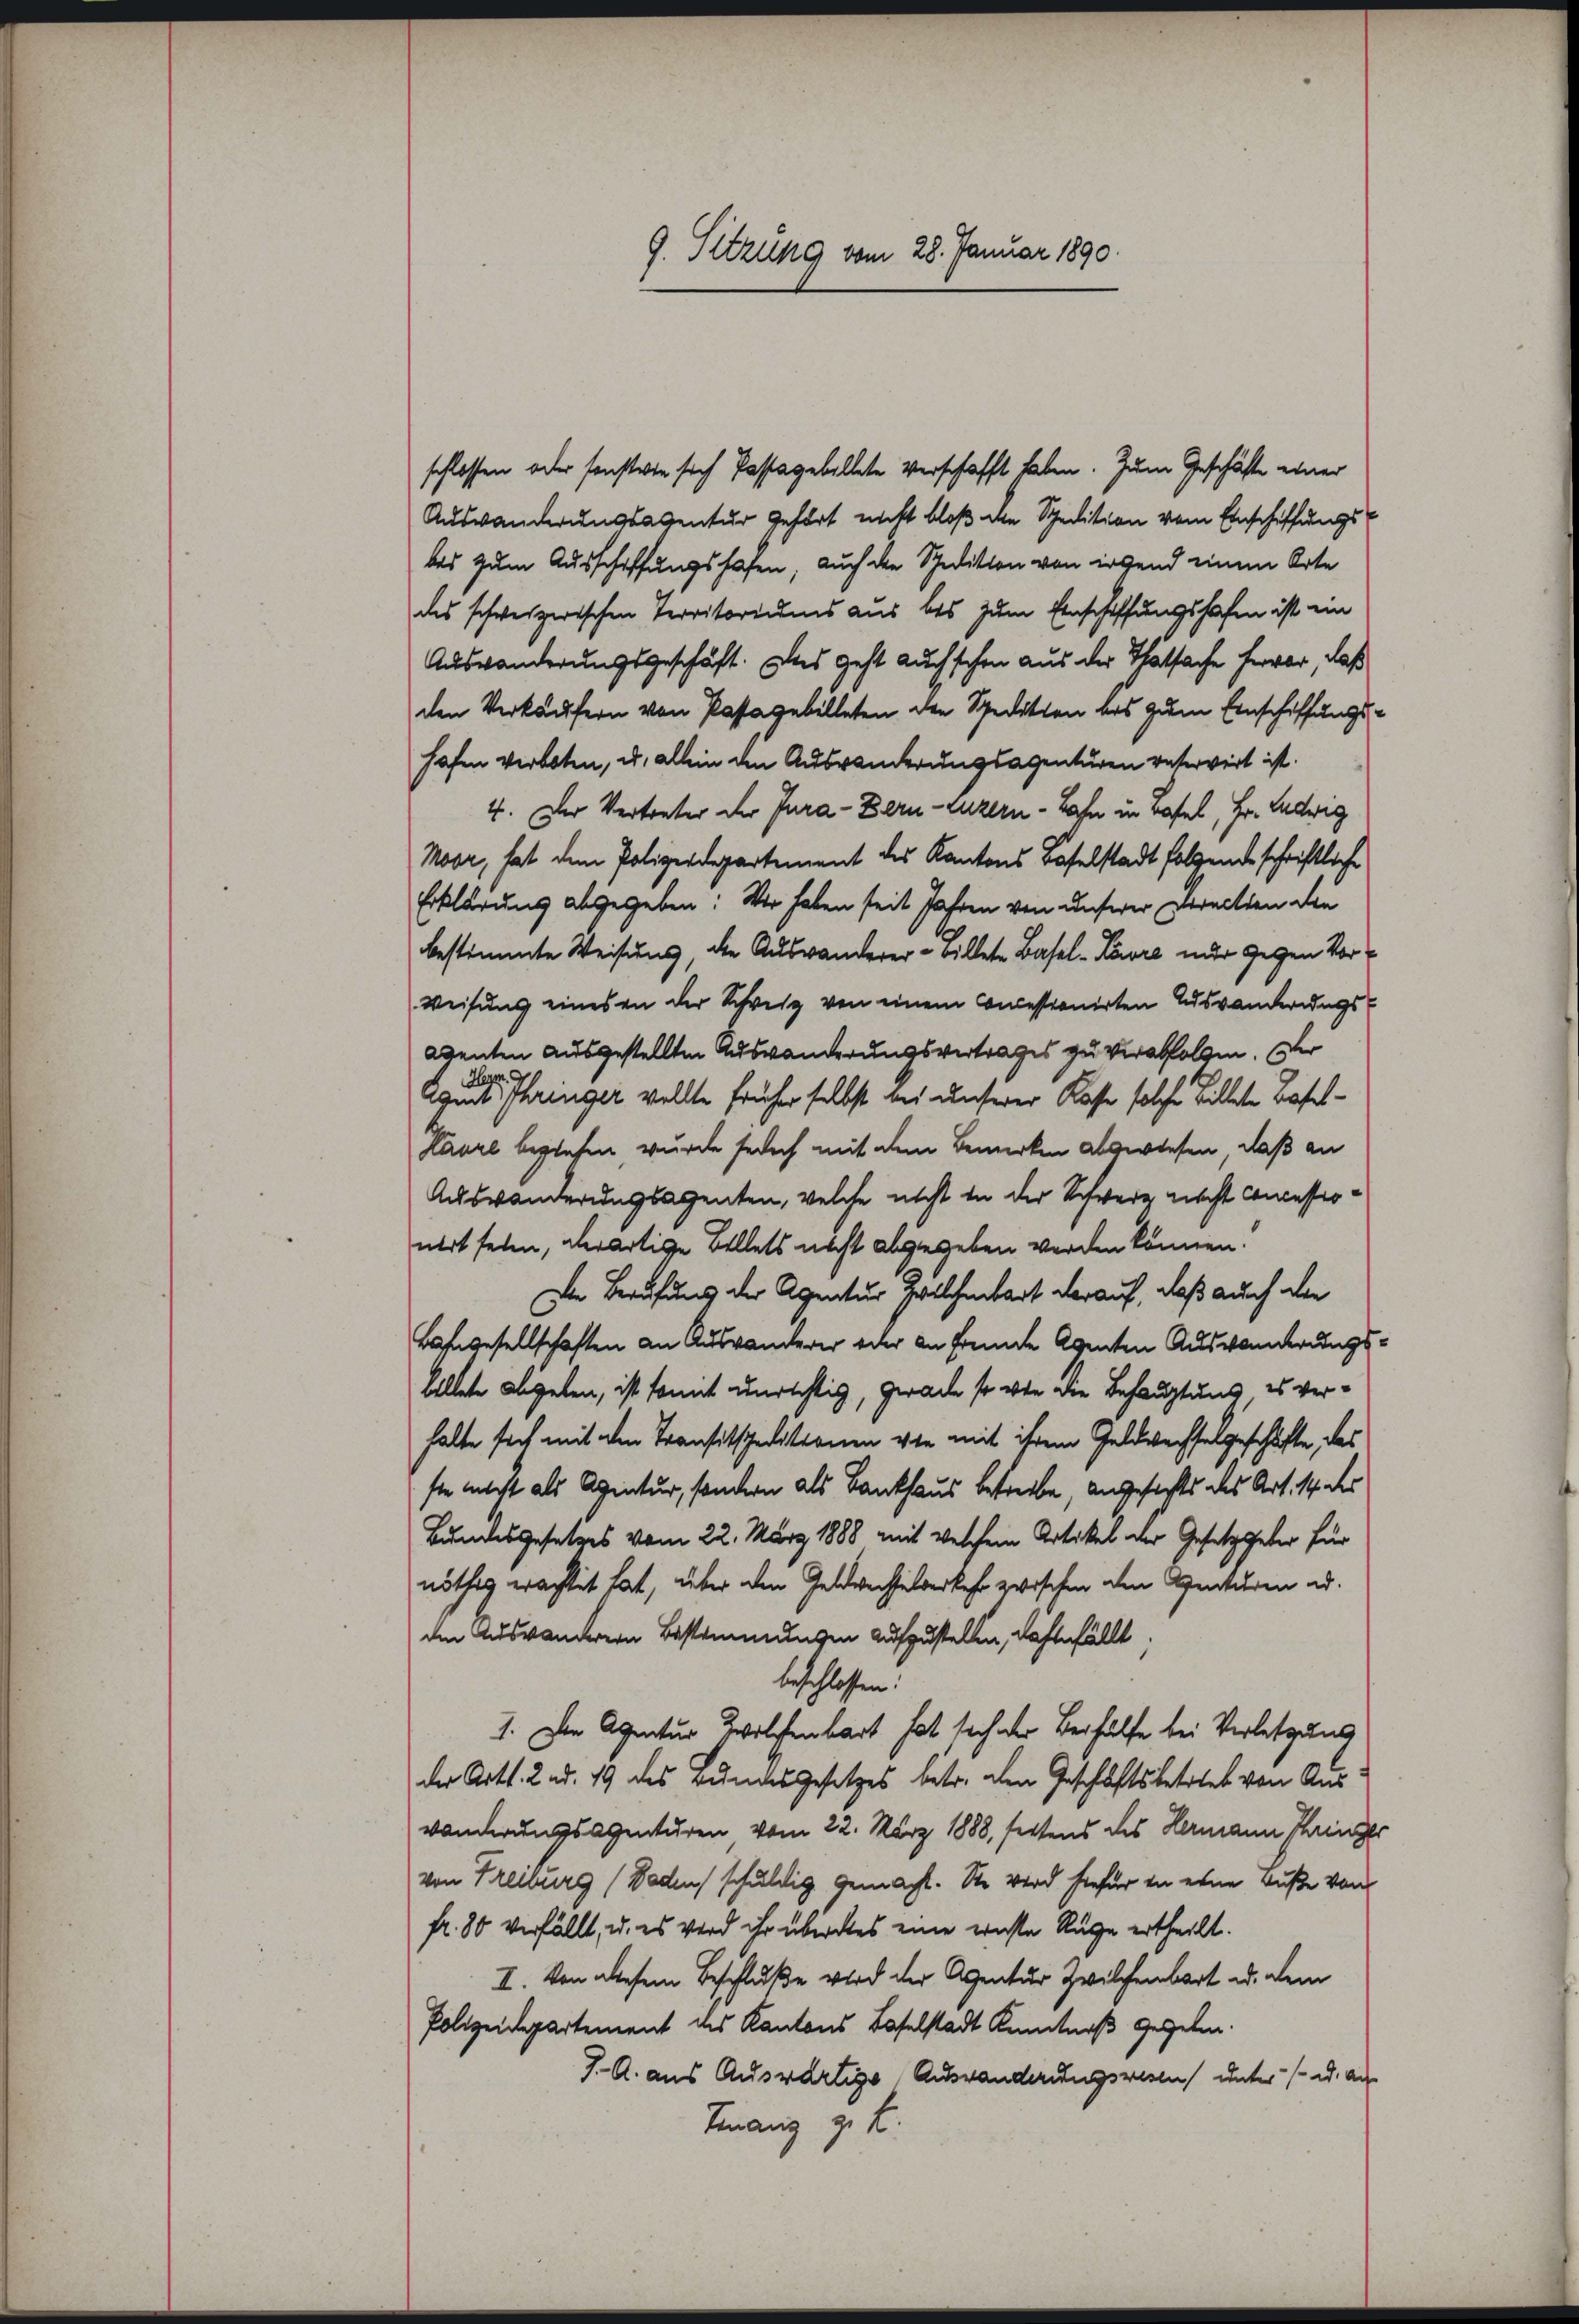
schlossen oder sonstwie sich Pastagebillete verschafft haben. Zum Geschäfte einer
Auswanderungsagentur gehört nicht bloß die Spedition vom Einschiffungsbes zum Ausschaffungshafen, auch die Spedition von irgend einem Orte
des schweizerischen Territoriums aus bis zum Einschaffungshafen ist ein
Auswanderungsgeschäft. Uns geht auch schon aus der Thatsache hervor, daß
den Verkäufern von Pastagebilleten den Spedition bis zum Einschiffungshafen verboten, u. allein den Auswanderungsagenturen vatervirt ist.
4. Der Vertreter der Jura - Bern Luzern - Bahn in Basel, Hr. Ludwig
Moor, hat dem Polizeidepartement des Kantons Baselstadt folgende schriftliche
Erklärung abgegeben: Wir haben seit Jahren von unserer Vereiten die
bestimmte Weisung, die Auswanderer - billete Basel-Kavre inder gegen Vor¬
Weisung einesen der Schweiz von einem Concestronirten Auswanderungsegenten ausgestellten Auswanderungsvertrages zu verabfolgen. Der
Heyen.
Agent phringer wollte früher selbst bei unserer Kasse solche Billete Basel-
Läure beziehen, wurde jedoch mit dem Bemerken abswiesen, daß an
Auswanderungsagenten, welche nicht in der Schweiz nicht concessionert seien, derartige Bellets nicht abgegeben werden können.
Den Berufung der Agentur Zwilchenbart darauf, daß auch die
Lahngesellschaften an Auswanderer oder an fremde Agenten Auswanderungsbillete abgeben, ist somit unrichtig, gerade so wie die Behauptung, es verhalte sich mit den Transitspeditionen von mit ihrem Geldwechselgeschäfte, das
sie nicht als Agentur, sondern als Bankhaus betreibe, angesichts das Art. 14 des
Bundesgesetzes vom 22. März 1888 mit welchem Artikel der Gesetzgeber für
nöthig erachtet hat, über den Geldwechselverkehr zwischen den Venturen ad.
den Auswanderern Bestimmungen aufzustellen, dahinfällt
beschlossen:
1. Den Agentur zwolfenbart hat sich der Berhülfe bei Verletzung
der Art. 2 d. 19 des Bundesgesetzes betr. den Geschäftsbetrieb von Aus
vonderungsagenturen vom 22. März 1888, fettens des Hermann Pringer
von Freiburg (Waden schuldig gemacht. Sie wird hiefür in eine Fuße von
fr. 80 verfällt, u. es wird ihr überdes eine ernste Rüge ertheilt.
I. Von diesem Beschluße wird der Agentur Zwilchenbart u. dem
Polizeidepartement des Kantons Baselstadt Kenntniß gegeben.
J. A. aus Auswärtige Auswanderungswesen unter (od. au
Finanz z. B.

9. Sitzung vom 28. Januar 1890.